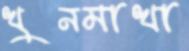
খুনমাখা